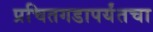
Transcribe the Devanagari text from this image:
प्रचितगडापर्यंतचा